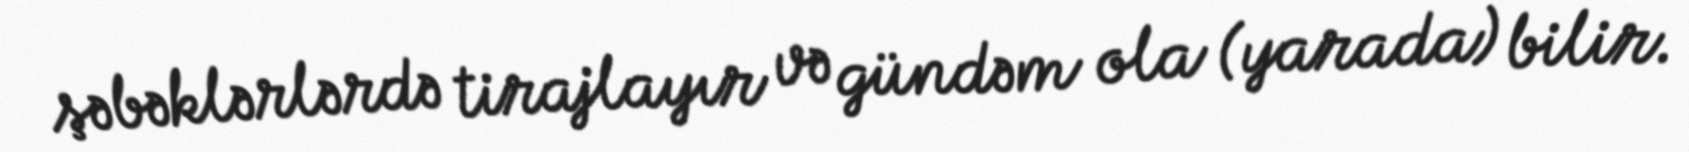
şəbəklərlərdə tirajlayır və gündəm ola (yarada) bilir.